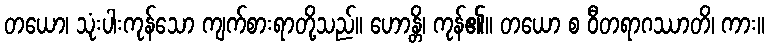
တယော၊ သုံးပါးကုန်သော ကျက်စားရာတို့သည်။ ဟောန္တိ၊ ကုန်၏။ တယော စ ဝီတရာဂဿာတိ၊ ကား။